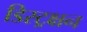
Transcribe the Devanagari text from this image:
डिस्ट्रक्षन